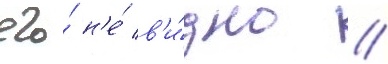
его́ н'е́ в'и́дно //